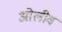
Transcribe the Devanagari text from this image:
ओलीव